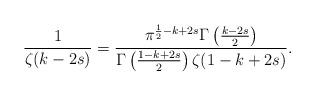
LaTeX: \begin{align*} \frac{1}{\zeta(k-2s)} = \frac{\pi^{\frac{1}{2}-k+2s} \Gamma\left(\frac{k-2s}{2} \right)}{\Gamma\left(\frac{1-k+2s}{2} \right) \zeta(1-k+2s)}.\end{align*}